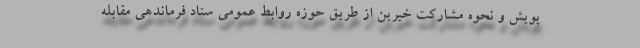
پویش و نحوه مشارکت خیرین از طریق حوزه روابط عمومی ستاد فرماندهی مقابله